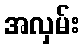
အလှမ်း